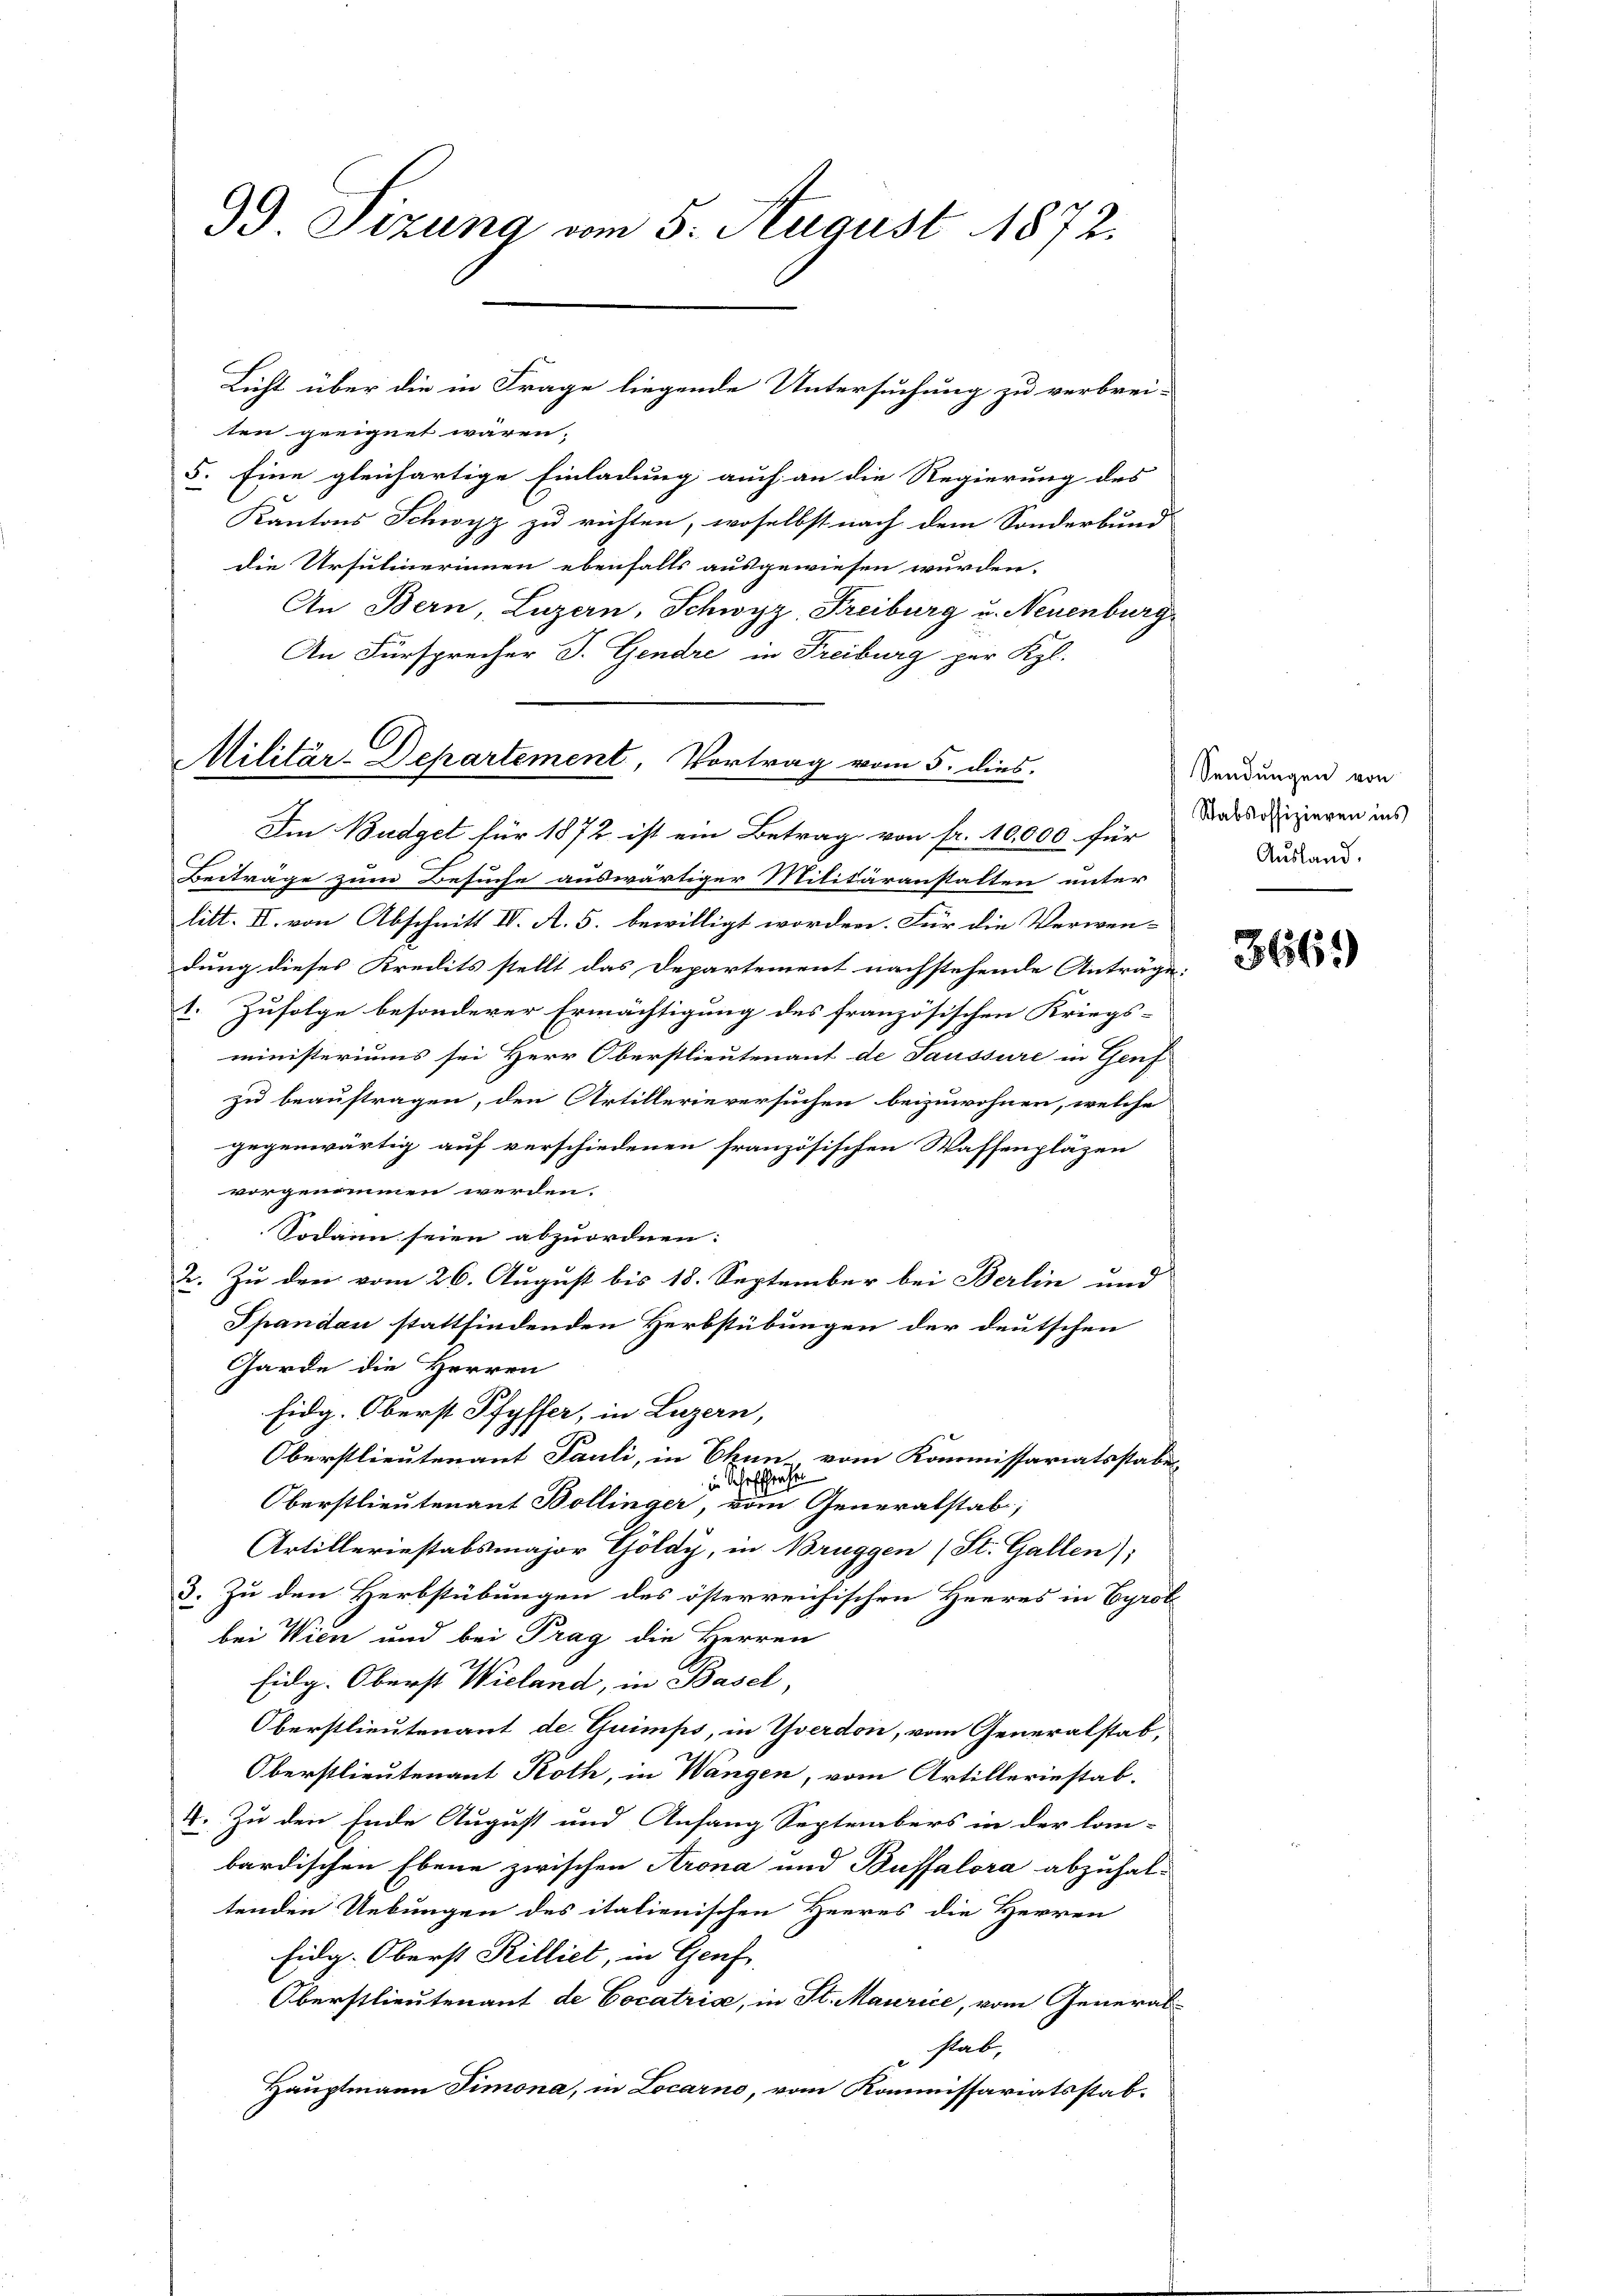
99. Sizung vom 5. August 1872.

ten geeignet wären.
5. Eine gleichartige Einladung auch an die Regierung des
Kantons Schwyz zu richten, woselbst nach dem Sonderbund
die Ursulinerinnen ebenfalls ausgewiesen wurden.
An Bern, Luzern, Schwyz, Freiburg u. Neuenburg
An Fürsprecher J. Gendre in Freiburg per Kgl.
Im Budget für 1872 ist ein Betrag von fr. 10,000 für
Beiträge zum Besuche auswärtiger Militäranstalten unter
litt. II. von Abschnitt IV. A. 5. bewilligt worden. Für die Verwen-
dung dieses Kredits stellt das Departement nachstehende Anträge:
t. Zufolge besonderer Ermächtigung des französischen Kriegs-
ministeriums sei Herr Oberstlieutenant de Saussure in Genf
zu beauftragen, den Artillerieversuchen beizuwohnen, welche
gegenwärtig auf verschiedenen französischen Waffenpläzen
vorgenommen werden.
Sodann seien abzuordnen:
2. Zu den vom 26. August bis 18. September bei Berlin und
Spandau stattfindenden Herbstübungen der deutschen
Garde die Herren
Eidg. Oberst Pfyffer, in Luzern,
Oberstlieutenant Pauli, in Thun vom Kommissariatsstabes
in Schaffhause
Oberstlieutenant Bollinger, von Generalstab;
Artilleriestabsmajor Goldy, in Bruggen (St. Gallen);
3. Zu den Herbstübungen des österreichischen Herres in Cyrot
bei Wien und bei Prag die Herren
Eidg. Oberst Wieland, in Basel,
Oberstlieutenant de Guimps, in Yverdon, vom Generalstab,
Oberstlieutenant Röth, in Wangen, vom Artillerinstab-
4. Zu den Ende August und Anfang Septrabers in der Com-
bardischen Ebene zwischen Arona und Buffalora abzuhaltenden Uebungen des italienischen Heeres die Herren
Eidg. Oberst Rilliet, in Genf.
Oberstlieutenant de Cocatris, in St. Maurice, vom General-
stab,
3
Hauptmann Simona, in Locarno, vom Kommissariatsstab-

Militär-Departement, Vortrag vom 5. dies

Licht über die in Frage liegende Untersuchung zu verbrei-

Sendungen von
Stabsoffizieren ins
Ausland.

366.